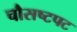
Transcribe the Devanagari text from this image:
चौसष्टपट